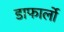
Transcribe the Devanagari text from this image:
डाफार्लो